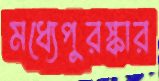
মধ্যেপুরস্কার